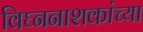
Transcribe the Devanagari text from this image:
विघ्ननाशकांच्या